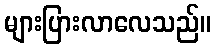
များပြားလာလေသည်။